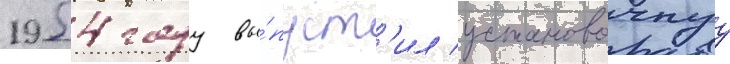
1954 году вы́пуст'ил установочнуу